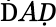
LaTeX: \mathrm ḊAḌ